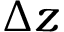
\Delta z